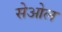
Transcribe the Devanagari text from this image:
सेओल